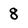
Character: 8